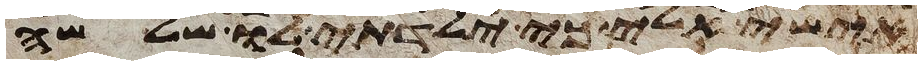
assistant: אישי אלי כי ילדתי לו שלשה